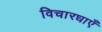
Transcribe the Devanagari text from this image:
विचारधाएँ